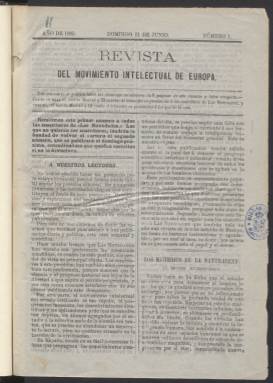
Título: Revista del movimiento intelectual de Europa
Colección: Periódicos
Ámbito geográfico: Madrid
Lugar de publicación: Madrid
Fechas: 11/06/1865-31/12/1867

Esta publicación semanal nació en 1865 como suplemento de uno de los periódicos de mayor circulación de la época, Las Novedades, aunque no era obligatoria la suscripción a ella. Constaba de ocho páginas y cubría un área informativa que no era muy cuidada por la prensa española de la época como era la información científica.

   En esta revista divulgativa que huía de los tecnicismos puede encontrarse todo tipo de reportajes científicos de los campos más variados: agricultura, industria, física química, medicina, geología…En fin, un compendio del desarrollo y los descubrimientos de la ciencia y las aplicaciones tecnológicas de la época.

En el primer número, por ejemplo, puede encontrarse una información sobre el tabaco y el análisis de sus componentes químicos al inhalarlo. Es de notar que ya en esta temprana época, en la que fumar era un acto social muy extendido, se advertía que no tenía nada de positivo y sí consecuencias negativas.

    Un sumario en la cabecera de cada número daba cuenta de su contenido. No publicaba ilustraciones, lo que hacía su lectura un poco árida pese al interés que tenían sus reportajes.

El editor responsable de la publicación era Felipe Picatoste, uno de los redactores del periódico progresista Las Novedades y amigo de su fundador, Ángel Fernández de los Ríos. Picatoste había alcanzado fama internacional en 1862 por sus estudios sobre un eclipse de sol y su interés por todas las ramas del saber y su afán pedagógico le merecieron ser considerado un talento enciclopédico.

  En mayo de 1866 la revista publicó el último número de su primera etapa. Parece que la razón fue económica dada la gran crisis de ese año, una de las primeras del capitalismo industrial y que fue generalizada en toda Europa. En España se dejó sentir con fuerza y contribuyó al desprestigio de los últimos gobiernos de Isabel II y a su destronamiento en 1868.

   La publicación volvió a salir con el mismo título el 2 de noviembre de 1867, esta vez con periodicidad diaria, pero con un carácter muy diferente al de su primera etapa. El contenido divulgativo netamente científico dejó espacio a la información general y también al mundo literario, artístico y a la vida social.

    El periódico, que cambio su cabecera, pasó incluso a publicar folletines como era moda en la época. Más que en la información científica, su atención estaba centrada en el mundo universitario, además del contenido ya citado. No duró mucho pues su último número es el de 31 de diciembre de 1867, lo que indica que no contó con el favor de los lectores.

[Descripción publicada el 07/08/2023]